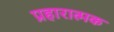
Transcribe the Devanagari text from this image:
प्रहारात्मक